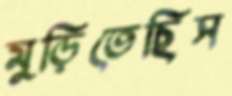
মুড়িতেছিস